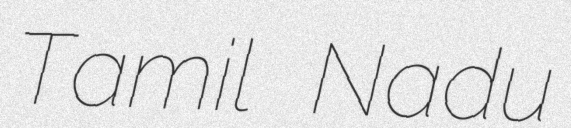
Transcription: Tamil Nadu